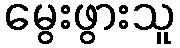
မွေးဖွားသူ